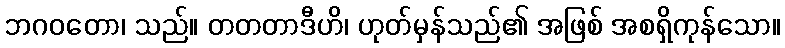
ဘဂဝတော၊ သည်။ တတတာဒီဟိ၊ ဟုတ်မှန်သည်၏ အဖြစ် အစရှိကုန်သော။